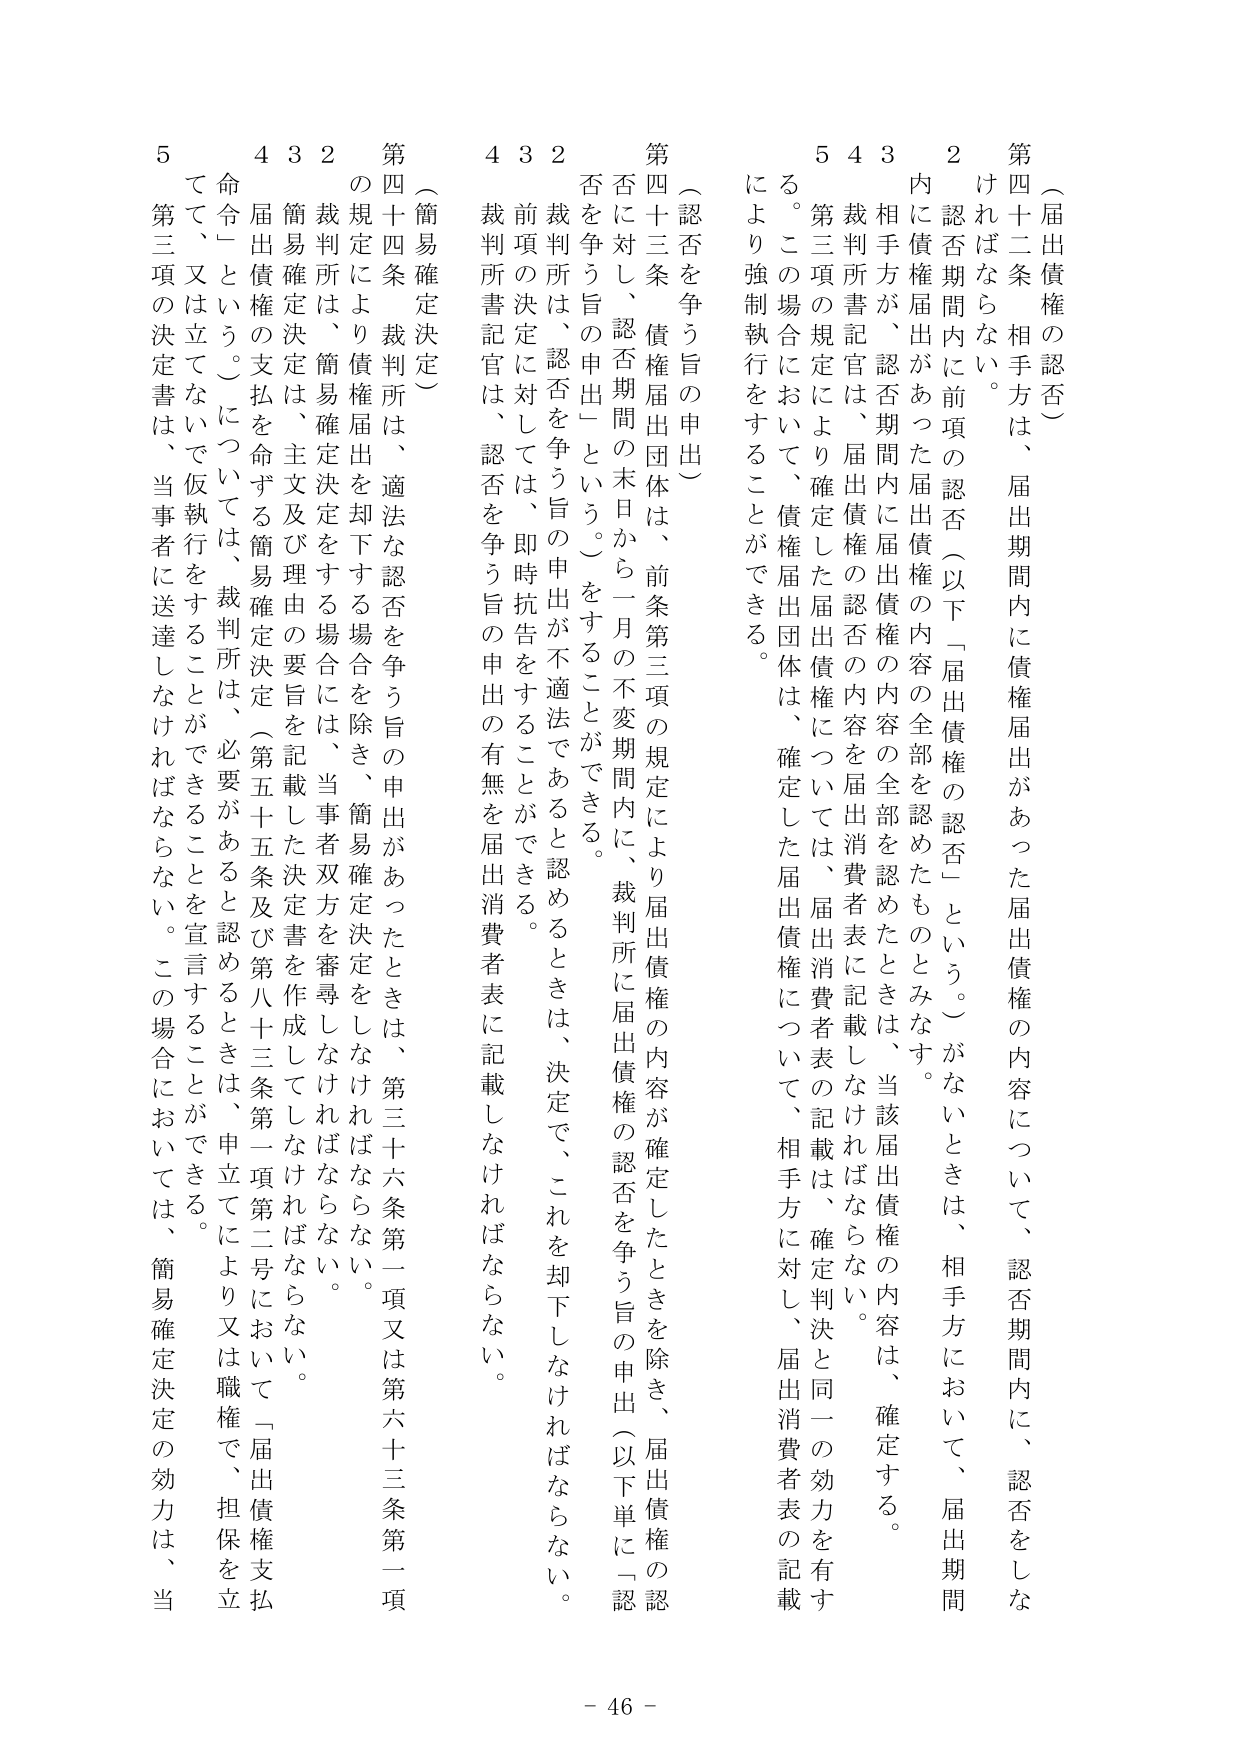
（届出債権の認否）

第四十二条 相手方は、届出期間内に債権届出があった届出債権の内容について、認否期間内に、認否をしなければならない。

２ 認否期間内に前項の認否（以下「届出債権の認否」という。）がないときは、相手方において、届出期間内に債権届出があった届出債権の内容の全部を認めたものとみなす。

３ 相手方が、認否期間内に届出債権の内容の全部を認めたときは、当該届出債権の内容は、確定する。

４ 裁判所書記官は、届出債権の認否の内容を届出消費者表に記載しなければならない。

５ 第三項の規定により確定した届出債権については、届出消費者表に記載は、確定判決と同一の効力を有する。この場合において、債権届出団体は、確定した届出債権について、相手方に対し、届出消費者表の記載により強制執行をすることができる。

（認否を争う旨の申出）

第四十三条 債権届出団体は、前条第三項の規定により届出債権の内容が確定したときを除き、届出債権の認否に対し、認否期間の末日から一月の不変期間内に、裁判所に届出債権の認否を争う旨の申出（以下単に「認否を争う旨の申出」という。）をすることができる。

２ 裁判所は、認否を争う旨の申出が不適法であると認めるときは、決定で、これを却下しなければならない。

３ 前項の決定に対しては、即時抗告をすることができる。

４ 裁判所書記官は、認否を争う旨の申出の有無を届出消費者表に記載しなければならない。

（簡易確定決定）

第四十四条 裁判所は、適法な認否を争う旨の申出があったときは、第三十六条第一項又は第六十三条第一項の規定により債権届出を却下する場合を除き、簡易確定決定をしなければならない。

２ 裁判所は、簡易確定決定をする場合には、当事者双方を審尋しなければならない。

３ 簡易確定決定は、主文及び理由の要旨を記載した決定書を作成してしなければならない。

４ 届出債権の支払を命ずる簡易確定決定（第五十五条及び第八十三条第一項第二号において「届出債権支払命令」という。）については、裁判所は、必要があると認めるときは、申立てにより又は職権で、担保を立てて、又は立てないで仮執行をすることができる。

５ 第三項の決定書は、当事者に送達しなければならない。この場合においては、簡易確定決定の効力は、当

- 46 -